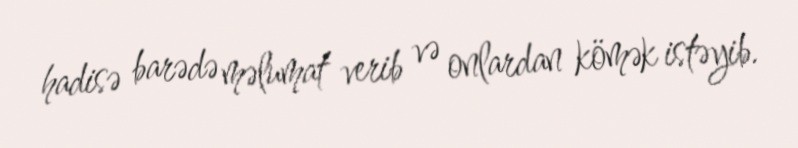
hadisə barədə məlumat verib və onlardan kömək istəyib.